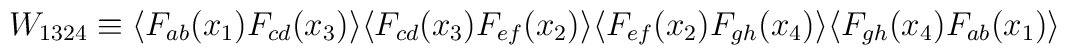
W_{1324} \equiv \langle F_{ab}(x_1) F_{cd}(x_3) \rangle\langle F_{cd}(x_3) F_{ef}(x_2) \rangle\langle F_{ef}(x_2) F_{gh}(x_4) \rangle\langle F_{gh}(x_4) F_{ab}(x_1) \rangle